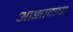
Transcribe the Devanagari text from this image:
आझादांचा